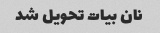
نان بیات تحویل شد